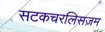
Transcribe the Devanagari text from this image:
सटकचरलिसज़म